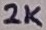
Text: 2K